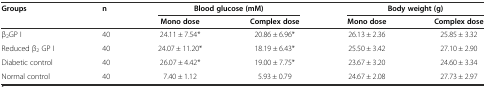
| Groups | n | <COLSPAN=2> Blood glucose (mM) | <COLSPAN=2> Body weight (g) |
 |  |  | Mono dose | Complex dose | Mono dose | Complex dose |
 | --- | --- | --- | --- | --- | --- |
 | β2GP I | 40 | 24.11 ± 7.54* | 20.86 ± 6.96* | 26.13 ± 2.36 | 25.85 ± 3.32 |
 | Reduced β2 GP I | 40 | 24.07 ± 11.20* | 18.19 ± 6.43* | 25.50 ± 3.42 | 27.10 ± 2.90 |
 | Diabetic control | 40 | 26.07 ± 4.42* | 19.00 ± 7.75* | 23.67 ± 3.20 | 24.60 ± 3.34 |
 | Normal control | 40 | 7.40 ± 1.12 | 5.93 ± 0.79 | 24.67 ± 2.08 | 27.73 ± 2.97 |